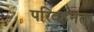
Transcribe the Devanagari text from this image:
परिवहनता